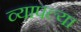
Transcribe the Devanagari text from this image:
व्यापल्या